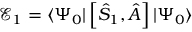
\mathcal { E } _ { 1 } = \langle \Psi _ { 0 } | \left[ \hat { S } _ { 1 } , \hat { A } \right] | \Psi _ { 0 } \rangle